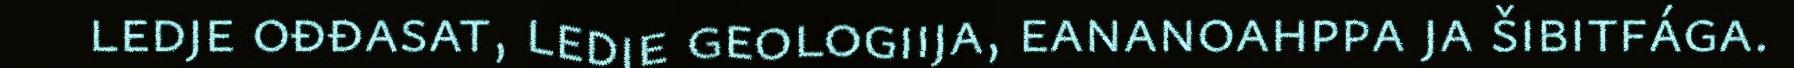
ledje ođđasat, ledje geologiija, eananoahppa ja šibitfága.